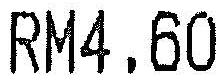
RM4.60